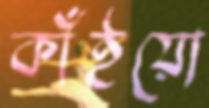
কাঁইয়ো